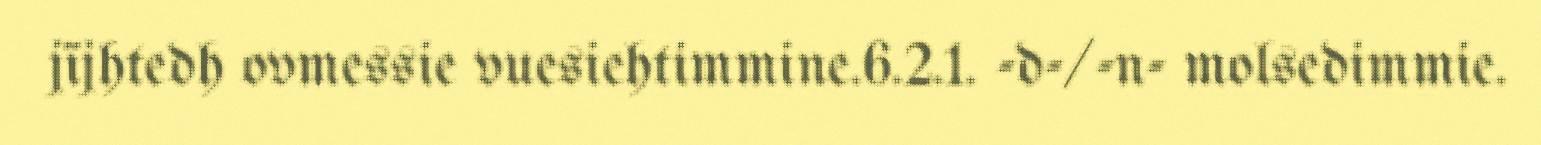
jïjhtedh ovmessie vuesiehtimmine.6.2.1. -d-/-n- molsedimmie.